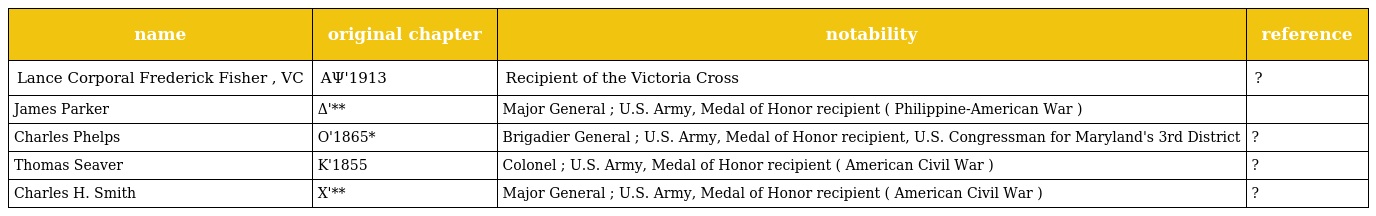
| name | original chapter | notability | reference |
 | --- | --- | --- | --- |
 | Lance Corporal Frederick Fisher , VC | ΑΨ'1913 | Recipient of the Victoria Cross | ? |
 | James Parker | Δ'** | Major General ; U.S. Army, Medal of Honor recipient ( Philippine-American War ) |  |
 | Charles Phelps | Ο'1865* | Brigadier General ; U.S. Army, Medal of Honor recipient, U.S. Congressman for Maryland's 3rd District | ? |
 | Thomas Seaver | Κ'1855 | Colonel ; U.S. Army, Medal of Honor recipient ( American Civil War ) | ? |
 | Charles H. Smith | Χ'** | Major General ; U.S. Army, Medal of Honor recipient ( American Civil War ) | ? |